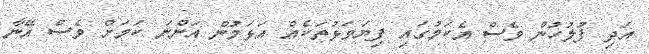
އަދި ފުލުހުން ވެސް އެކަމުގައި ފިޔަވަޅުތަކެއް އަޅަމުން އަންނަ ކަމަށް ވެސް އޭނާ